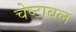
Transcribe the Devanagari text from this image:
चेष्टाबल